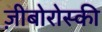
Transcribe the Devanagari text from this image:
ज़ीबोरोस्‍की